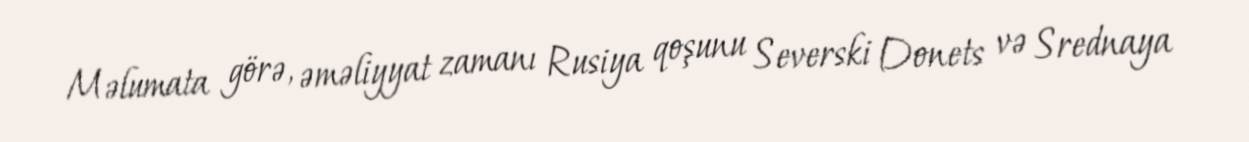
Məlumata görə, əməliyyat zamanı Rusiya qoşunu Severski Donets və Srednaya